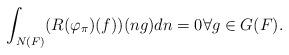
LaTeX: \begin{align*}\int_{N(F)}(R(\varphi_\pi)(f))(ng)dn = 0\forall g\in G(F).\end{align*}